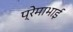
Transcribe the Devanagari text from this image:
प्रेमाभाई